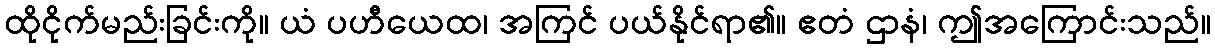
ထိုငိုက်မည်းခြင်းကို။ ယံ ပဟီယေထ၊ အကြင် ပယ်နိုင်ရာ၏။ ဧတံ ဌာနံ၊ ဤအကြောင်းသည်။